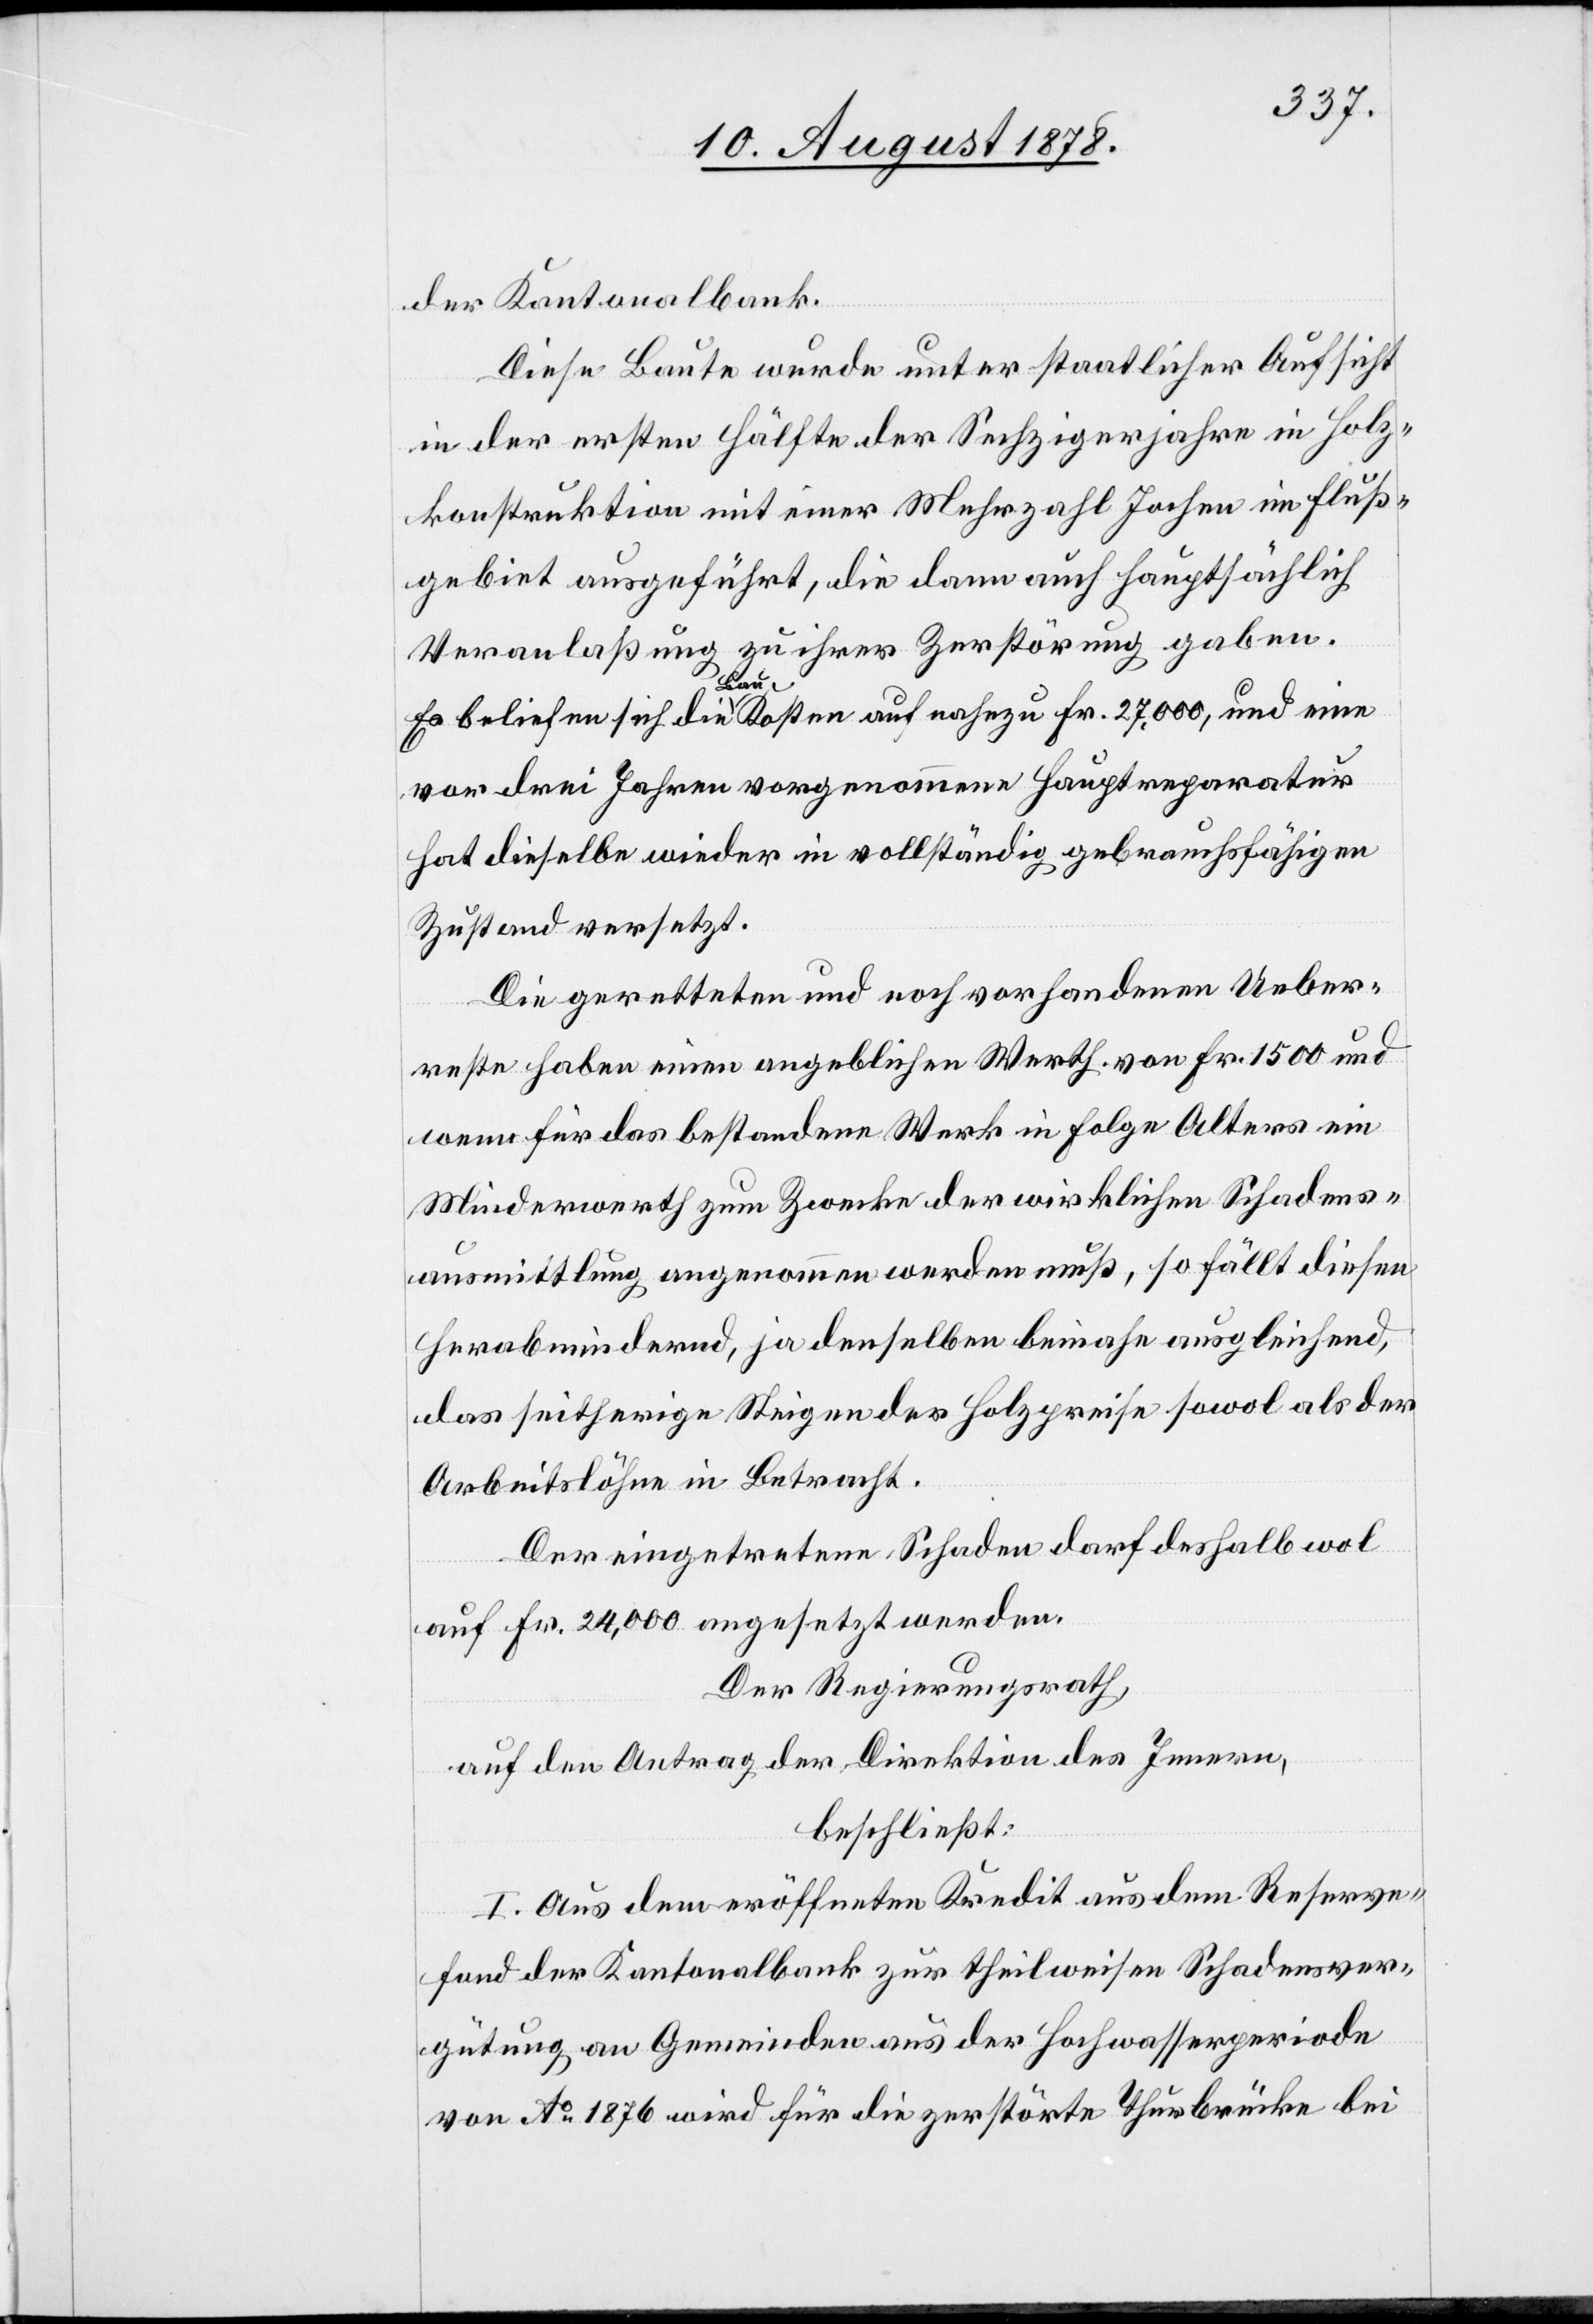
der Kantonalbank.
Diese Baute wurde unter staatlicher Aufsicht
in der ersten Hälfte der Sechzigerjahre in Holz¬
konstruktion mit einer Mehrzahl Jochen im Fluss¬
gebiet ausgeführt, die dann auch hauptsächlich
Veranlaßung zu ihrer Zerstörung gaben.
Es beliefen sich die Baukosten auf nahezu Fr. 27,000, und eine
vor drei Jahren vorgenommene Hauptreparatur
hat dieselbe wieder in vollständig gebrauchsfähigen
Zustand versetzt.
Die geretteten und noch vorhandenen Ueber¬
reste haben einen angeblichen Werth von Fr. 1500 und
wenn für das bestandene Werk in Folge Alters ein
Minderwerth zum Zwecke der wirklichen Schadens¬
ausmittlung angenommen werden muß, so fällt diesen
Herabmindernd, ja denselben beinahe ausgleichend,
das seitherige Steigen der Holzpreise sowol als der
Arbeitslöhne in Betracht.
Der eingetretene Schaden darf deshalb wol
auf Fr. 24,000 angesetzt werden.
Der Regierungsrath,
auf den Antrag der Direktion des Innern,
beschließt:
I. Aus dem eröffneten Kredit aus dem Reserve¬
fond der Kantonalbank zur theilweisen Schadensver¬
gütung an Gemeinden aus der Hochwasserperiode
von Ao 1876 wird für die zerstörte Thurbrücke bei